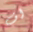
اف